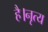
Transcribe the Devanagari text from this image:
है।नृत्य